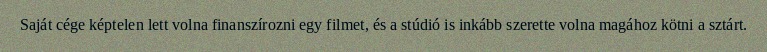
Saját cége képtelen lett volna finanszírozni egy filmet, és a stúdió is inkább szerette volna magához kötni a sztárt.